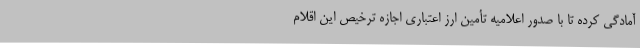
آمادگی کرده تا با صدور اعلامیه تأمین ارز اعتباری اجازه ترخیص این اقلام